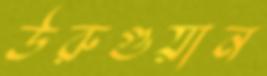
উরুগুয়ান